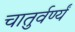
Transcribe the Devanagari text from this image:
चातुर्वर्ण्यं